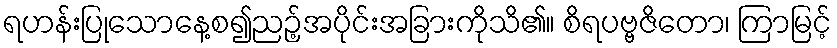
ရဟန်းပြုသောနေ့စ၍ညဉ့်အပိုင်းအခြားကိုသိ၏။ စိရပဗ္ဗဇိတော၊ ကြာမြင့်